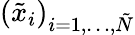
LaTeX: (\tilde{x}_{i})_{i=1,\dots,\tilde{N}}